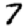
Digit: 7